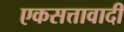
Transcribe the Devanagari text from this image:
एकसत्तावादी